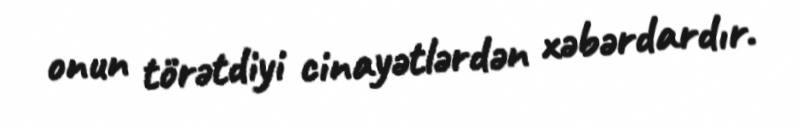
onun törətdiyi cinayətlərdən xəbərdardır.